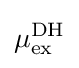
\mu _{\rm {ex}}^{\rm {DH}}